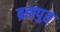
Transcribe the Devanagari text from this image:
ब्रह्मपुत्